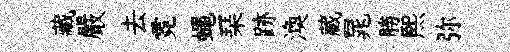
藏嚴去霓蠅琹跡渙蔵晁勝熙弥